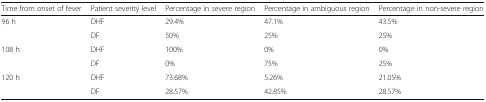
| Time from onset of fever | Patient severity level | Percentage in severe region | Percentage in ambiguous region | Percentage in non-severe region |
 | --- | --- | --- | --- | --- |
 | 96 h | DHF | 29.4% | 47.1% | 43.5% |
 |  | DF | 50% | 25% | 25% |
 | 108 h | DHF | 100% | 0% | 0% |
 |  | DF | 0% | 75% | 25% |
 | 120 h | DHF | 73.68% | 5.26% | 21.05% |
 |  | DF | 28.57% | 42.85% | 28.57% |